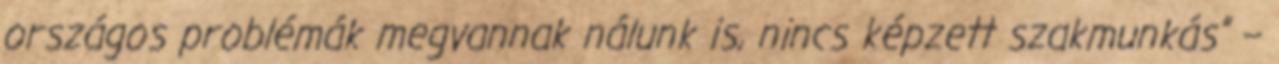
országos problémák megvannak nálunk is, nincs képzett szakmunkás” –